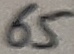
Text: 65